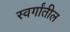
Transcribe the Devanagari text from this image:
स्वर्गांतील